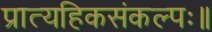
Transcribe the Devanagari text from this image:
प्रात्यहिकसंकल्पः॥